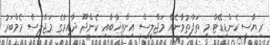
ރިޔާސީ ކެންޑިޑޭޓް މި ތަފާތުވާނެއޭ މަޖްލީސް އިންތިޚާބާއި ކެންދޫ ދާއިރާގެ މަޖްލީސް މެމްބަރު